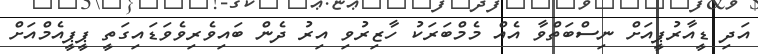
އަދި ޑީއާރުޕީއަށް ނިސްބަތްވާ އެއް މެމްބަރަކު ހާޒިރުވި އިރު ދެން ބައިވެރިވެވަޑައިގަތީ ޕީޕީއެމްއަށް